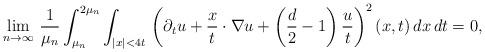
LaTeX: \begin{align*}\lim_{n\to\infty}\,\frac{1}{\mu_n}\int_{\mu_n}^{2\mu_n}\int_{|x|<4t}\,\left(\partial_tu+\frac{x}{t}\cdot\nabla u+\left(\frac{d}{2}-1\right)\frac{u}{t}\right)^2(x,t)\,dx\,dt=0,\end{align*}